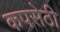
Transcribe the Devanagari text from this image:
कपसेठी